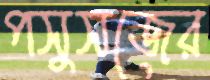
পসুসজের